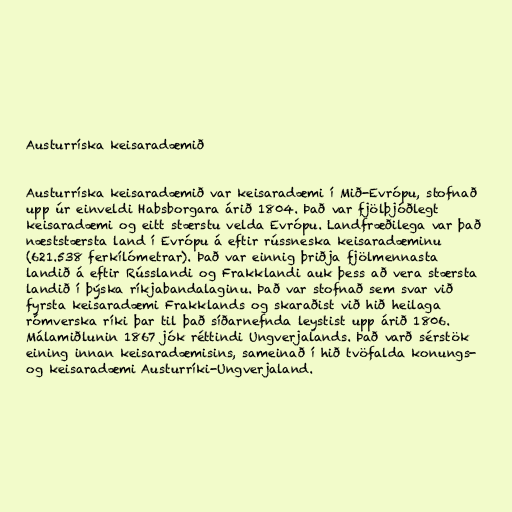
Austurríska keisaradæmið

Austurríska keisaradæmið var keisaradæmi í Mið-Evrópu, stofnað
upp úr einveldi Habsborgara árið 1804. Það var fjölþjóðlegt
keisaradæmi og eitt stærstu velda Evrópu. Landfræðilega var það
næststærsta land í Evrópu á eftir rússneska keisaradæminu
(621.538 ferkílómetrar). Það var einnig þriðja fjölmennasta
landið á eftir Rússlandi og Frakklandi auk þess að vera stærsta
landið í þýska ríkjabandalaginu. Það var stofnað sem svar við
fyrsta keisaradæmi Frakklands og skaraðist við hið heilaga
rómverska ríki þar til það síðarnefnda leystist upp árið 1806.
Málamiðlunin 1867 jók réttindi Ungverjalands. Það varð sérstök
eining innan keisaradæmisins, sameinað í hið tvöfalda konungs-
og keisaradæmi Austurríki-Ungverjaland.